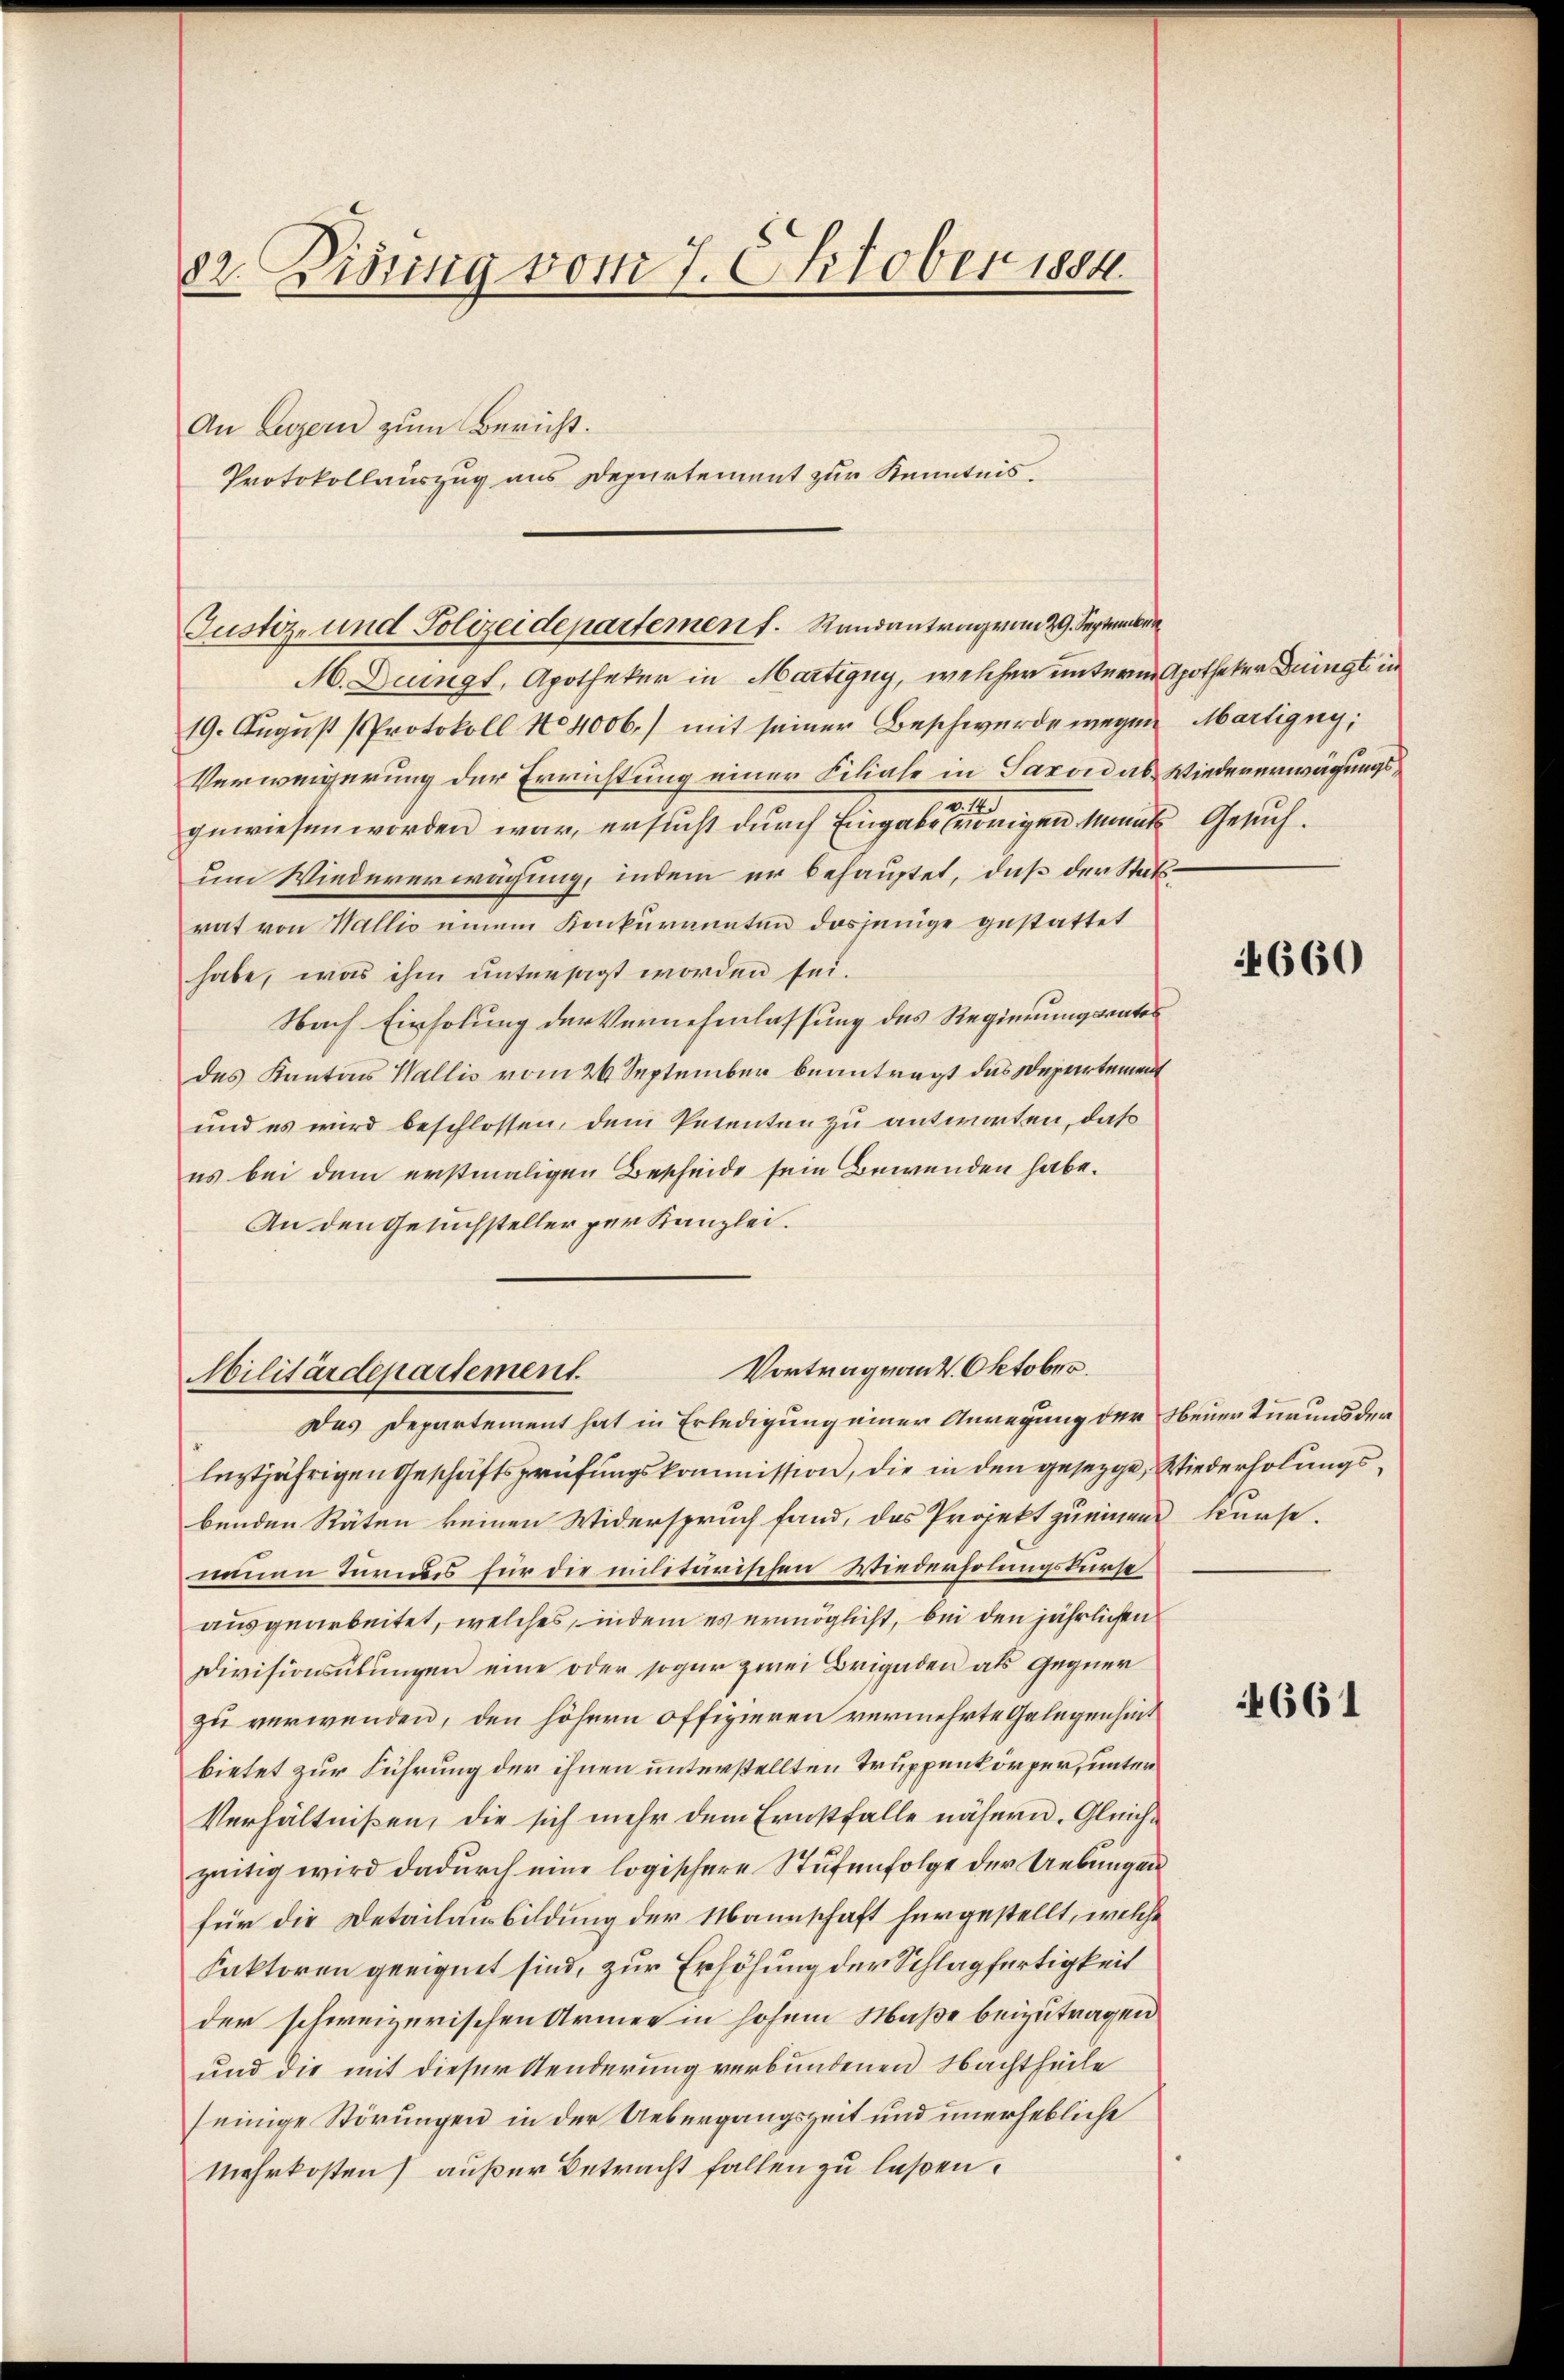
82. Disung vom 7. Oktober 1884.

An Luzern zum Bericht.

Protokollauszug aus Departement zur Kenntnis.

M. Dringt, Apotheker in Martigny, welcher unterm Apotheker Dringte in
19. August [Protokoll No 4006) mit seiner Beschwerde wegen Martigny,
Verweigerung der Errichtung einer Filiale in Saxon ab. Wiedererwägungsgewiesen worden war, ersucht durch Eingabe vorigen Monats Gesuch.
um Wiedererwägung, indem er behauptet, daß der Stattrat von Wallio einem Konkurrenten dasjenige gestattet
habe, was ihm untersagt worden sei.
Nach Einholung der Vernehmlassung des Regierungsrates
des Kantons Wallis vom 26. September beantragt das Departement
und es wird beschlossen, dem Petenten zu antworten, daß
es bei dem erstmaligen Bescheide sein Bewenden habe.
An den Gesuchsteller per Kanzlei.

Justiz- und Polizeidepartemen f. Randantrag vom 29. September

Vortrag von 4. Oktober.
Militärdepartement.

Das Departement hat in Erledigung einer Anregung der Neuertürens der
leztjährigen Geschäftsprüfungskommission, die in den gesetzge, Wiederholungsbenden Räten keinen Widerspruch fand, das Projekt zu einen kurse.
neuen Turnus für die militärischen Wiederholungskurse
ausgearbeitet, welches, indem es ermöglicht, bei den jährlichen
Divisionsübungen eine oder sogar zwei Brigaden als Gegner
zu verwenden, den höhern offizieren vermehrte Gelegenheit
bietet zur Führung der ihnen unterstellten Truppenkörper, unter
Verhältnißen, die sich mehr dem Ernstfalle nähern. Gleichzeitig wird dadurch eine logischere Stufenfolge der Uebungen
für die Detailansbildung der Mannschaft hergestellt, welche
Faktoren geeignet sind, zur Erhöhung der Schlagfertigkeit
der schweizerischen Armee in hohem Maße beizutragen
und die mit dieser Senderung verbundenen Nachtheile
seinige Störungen in der Uebergangszeit und unerhebliche
Mehrkosten) außer Betracht fallen zu laßen.

660

4661